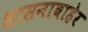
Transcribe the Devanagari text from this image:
शासनाबाहेर